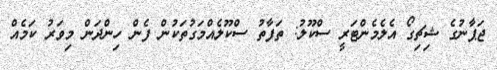
ޖަޕާނުގެ ޝިޗިގޯ އެލެމެންޓަރީ ސްކޫލު: ތަފާތު ސްކޫލެއްމަގުތަކުން ފެން ހިންދަން މިވަރު ކަމެއް